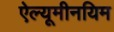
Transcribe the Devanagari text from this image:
ऐल्यूमीनयिम